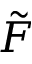
\tilde { F }